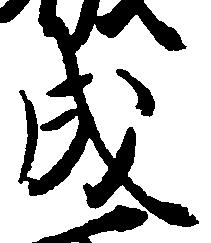
成